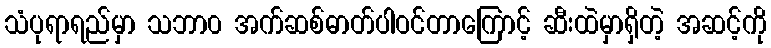
သံပုရာရည်မှာ သဘာ၀ အက်ဆစ်ဓာတ်ပါဝင်တာကြောင့် ဆီးထဲမှာရှိတဲ့ အဆင့်ကို